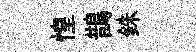
惶鵲銖